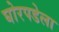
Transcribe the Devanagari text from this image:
घोरपडेला